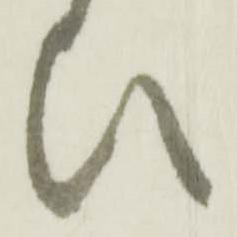
ひ